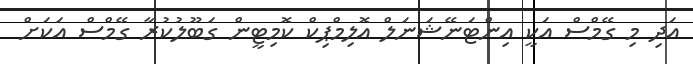
އަދި މި ގޭމްސް އަކީ އިންޓަނޭޝަނަލް އޮލިމްޕިކް ކޮމިޓީން ގަބޫލުކުރާ ގޭމްސް އަކަށް